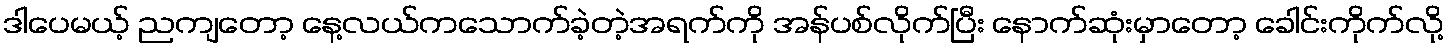
ဒါပေမယ့် ညကျတော့ နေ့လယ်ကသောက်ခဲ့တဲ့အရက်ကို အန်ပစ်လိုက်ပြီး နောက်ဆုံးမှာတော့ ခေါင်းကိုက်လို့